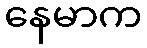
နေမာက